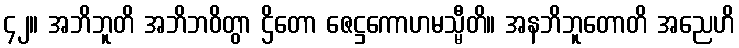
၄၂။ အဘိဘူတိ အဘိဘဝိတွာ ဌိတော ဇေဋ္ဌကောဟမသ္မီတိ။ အနဘိဘူတောတိ အညေဟိ